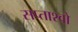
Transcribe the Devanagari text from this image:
सप्ताश्वो